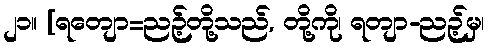
၂၁။ [ရတျော=ညဉ့်တို့သည်, တို့ကို၊ ရတျာ-ညဉ့်မှ၊